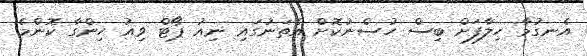
އެނގުމާ ހިލާފަށް ބިސް ހުސްނުކޮށް އެތަނުގައި ނިއު ޕޯޓް ވިއު ހިންގާ ކޮންމެ